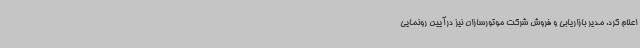
اعلام کرد. مدیر بازاریابی و فروش شرکت موتورسازان نیز درآیین رونمایی